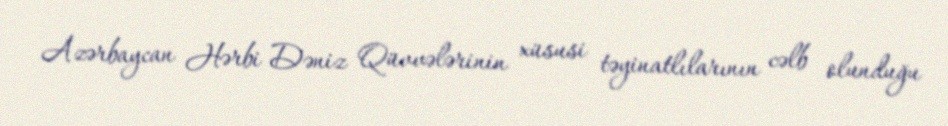
Azərbaycan Hərbi Dəniz Qüvvələrinin xüsusi təyinatlılarının cəlb olunduğu